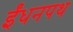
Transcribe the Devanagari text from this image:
ईंधनपथ